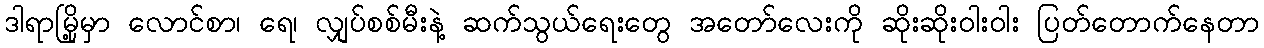
ဒါရာမြို့မှာ လောင်စာ၊ ရေ၊ လျှပ်စစ်မီးနဲ့ ဆက်သွယ်ရေးတွေ အတော်လေးကို ဆိုးဆိုးဝါးဝါး ပြတ်တောက်နေတာ